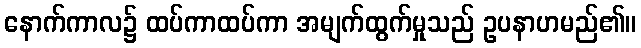
နောက်ကာလ၌ ထပ်ကာထပ်ကာ အမျက်ထွက်မှုသည် ဥပနာဟမည်၏။